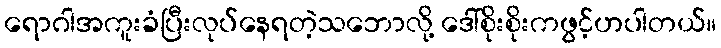
ရောဂါအကူးခံပြီးလုပ်နေရတဲ့သဘောလို့ ဒေါ်စိုးစိုးကဖွင့်ဟပါတယ်။